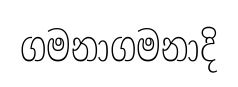
ගමනාගමනාදි